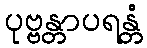
ပုဗ္ဗန္တာပရန္တံ